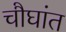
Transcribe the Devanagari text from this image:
चौघांत